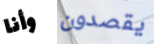
وأنا يقصدون